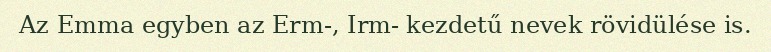
Az Emma egyben az Erm-, Irm- kezdetű nevek rövidülése is.